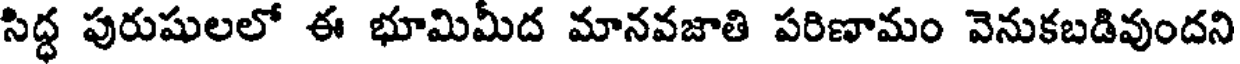
సిద్ధ పురుషులలో ఈ భూమిమీద మానవజాతి పరిణామం వెనుకబడివుందని